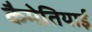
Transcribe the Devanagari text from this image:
कैमेतियाई